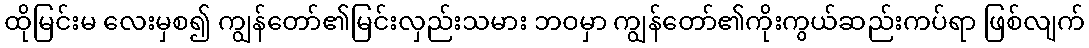
ထိုမြင်းမ လေးမှစ၍ ကျွန်တော်၏မြင်းလှည်းသမား ဘဝမှာ ကျွန်တော်၏ကိုးကွယ်ဆည်းကပ်ရာ ဖြစ်လျက်